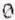
0